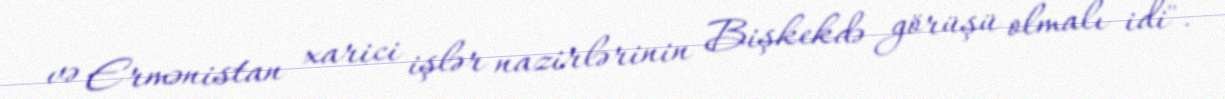
və Ermənistan xarici işlər nazirlərinin Bişkekdə görüşü olmalı idi".